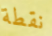
نقطة